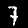
Label: 7